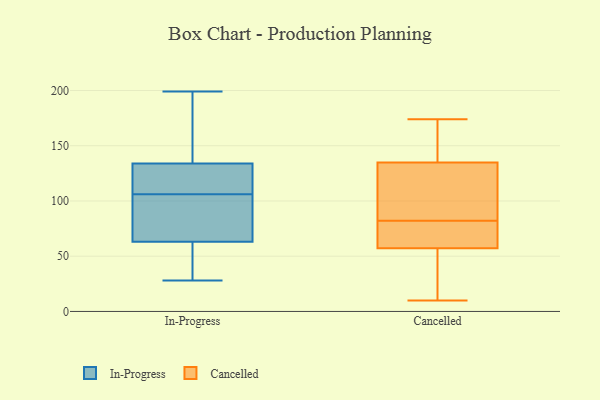
{"axis": {"x": "Latency (ms)", "y": "Value"}, "legend": ["Cancelled", "In-Progress"], "data": [{"x": "", "y": 119, "type": "In-Progress"}, {"x": "", "y": 32, "type": "In-Progress"}, {"x": "", "y": 118, "type": "In-Progress"}, {"x": "", "y": 137, "type": "In-Progress"}, {"x": "", "y": 142, "type": "In-Progress"}, {"x": "", "y": 199, "type": "In-Progress"}, {"x": "", "y": 104, "type": "In-Progress"}, {"x": "", "y": 128, "type": "In-Progress"}, {"x": "", "y": 136, "type": "In-Progress"}, {"x": "", "y": 75, "type": "In-Progress"}, {"x": "", "y": 29, "type": "In-Progress"}, {"x": "", "y": 41, "type": "In-Progress"}, {"x": "", "y": 28, "type": "In-Progress"}, {"x": "", "y": 59, "type": "In-Progress"}, {"x": "", "y": 106, "type": "In-Progress"}, {"x": "", "y": 152, "type": "In-Progress"}, {"x": "", "y": 110, "type": "In-Progress"}, {"x": "", "y": 104, "type": "In-Progress"}, {"x": "", "y": 90, "type": "In-Progress"}, {"x": "", "y": 84, "type": "Cancelled"}, {"x": "", "y": 153, "type": "Cancelled"}, {"x": "", "y": 58, "type": "Cancelled"}, {"x": "", "y": 10, "type": "Cancelled"}, {"x": "", "y": 92, "type": "Cancelled"}, {"x": "", "y": 138, "type": "Cancelled"}, {"x": "", "y": 57, "type": "Cancelled"}, {"x": "", "y": 42, "type": "Cancelled"}, {"x": "", "y": 74, "type": "Cancelled"}, {"x": "", "y": 131, "type": "Cancelled"}, {"x": "", "y": 174, "type": "Cancelled"}, {"x": "", "y": 24, "type": "Cancelled"}, {"x": "", "y": 82, "type": "Cancelled"}, {"x": "", "y": 71, "type": "Cancelled"}, {"x": "", "y": 136, "type": "Cancelled"}]}